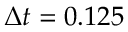
\Delta { { t } } = 0 . 1 2 5